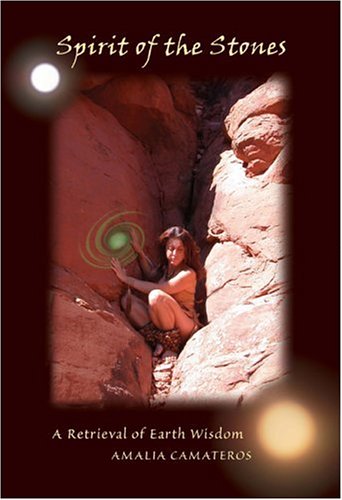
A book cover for Spirit of the Stones; Amalia Camateros; Religion & Spirituality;